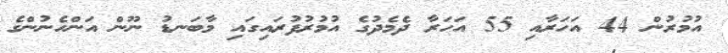
އުމުރުން 44 އަހަރާއި 55 އަހަރާ ދެމެދުގެ އުމުރުފުރައިގައި މާބަނޑު ނޫން އަންހެނުންގެ